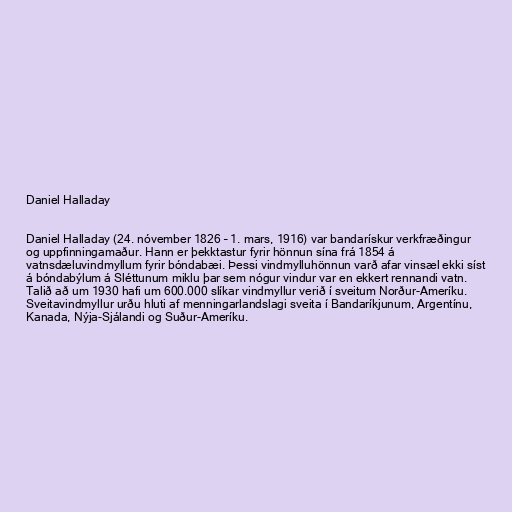
Daniel Halladay

Daniel Halladay (24. nóvember 1826 – 1. mars, 1916) var bandarískur verkfræðingur
og uppfinningamaður. Hann er þekktastur fyrir hönnun sína frá 1854 á
vatnsdæluvindmyllum fyrir bóndabæi. Þessi vindmylluhönnun varð afar vinsæl ekki síst
á bóndabýlum á Sléttunum miklu þar sem nógur vindur var en ekkert rennandi vatn.
Talið að um 1930 hafi um 600.000 slíkar vindmyllur verið í sveitum Norður-Ameríku.
Sveitavindmyllur urðu hluti af menningarlandslagi sveita í Bandaríkjunum, Argentínu,
Kanada, Nýja-Sjálandi og Suður-Ameríku.